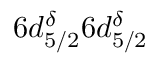
6 d _ { 5 / 2 } ^ { \delta } 6 d _ { 5 / 2 } ^ { \delta }